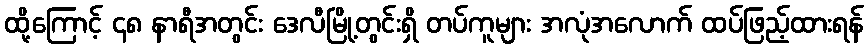
ထို့ကြောင့် ၄၈ နာရီအတွင်း ဒေလီမြို့တွင်းရှိ တပ်ကူများ အလုံအလောက် ထပ်ဖြည့်ထားရန်